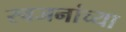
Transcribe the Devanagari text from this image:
स्वजनांच्या